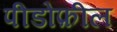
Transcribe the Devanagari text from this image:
पीडोफ़ील